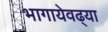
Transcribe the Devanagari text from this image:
भागायेवढ्या